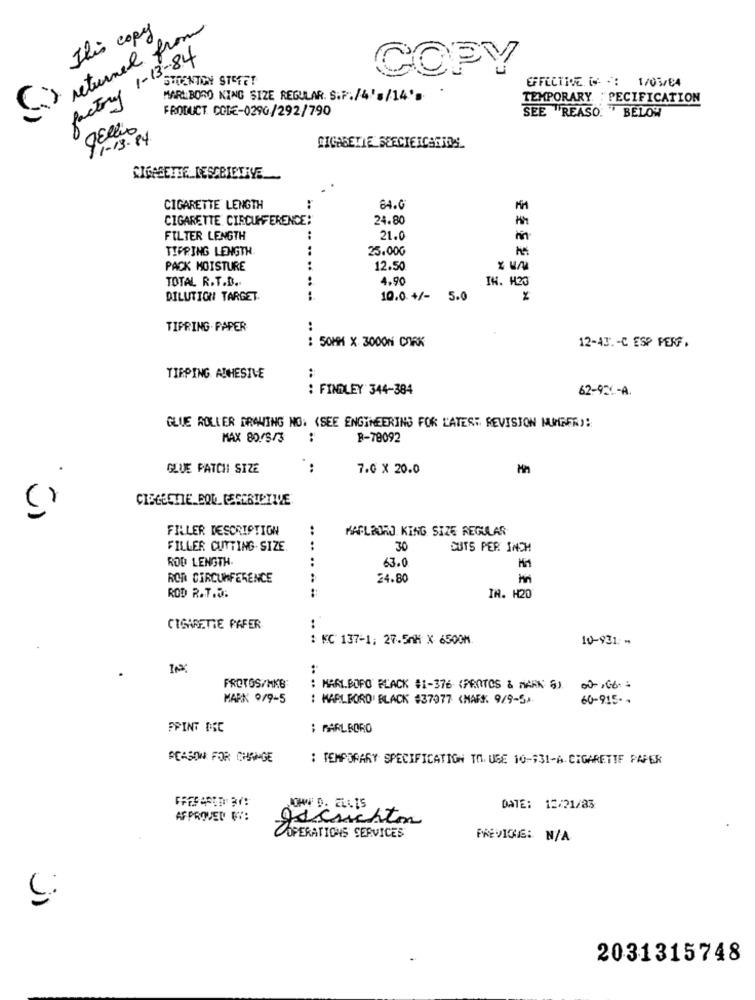
Six returned from
This copy
factory 1-13-84
COPY
SHOENTION STETET
EFFECTIVE IS - : 1/05/04
MARLBORO KING SIZE REGULAR. S.P./4'=/14'>
TEMPORARY "PECIFICATION
PRODUCT CODE-0290/292/790
SEE REASO. " BELOW
qEllio
11-13-84
CIGARETTE SEECIEICARROS
CIGARETTE DESCRIPTIVE
CIGARETTE LENGTH
84.G
CIGARETTE CIRCUMFERENCE:
24.80
FILTER LENGTH
21.0
TIPPING LENGTH.
25.000
PACK MOISTURE
12.50
TOTAL R.T.B ..
4.90
IN. H23
DILUTION TARGET.
.. .. .. ....
10.0.+/-
5.0
94
TIPRING- PAPER
:
: 50MM X 3000N CORK
12-431-C ESP PERF.
TIRPING ADHESIVE
:
: FINDLEY 344-384
62-926-A.
GLUE ROLLER DRAWING NO: (SEE ENGINEERING FOR LATEST REVISION MUNGER):
MAX 80.08/3
..
B-78092
GLUE PATCH SIZE
..
7.0 × 20.0
CIEGCETTE BOD CERERTETTLE
FILLER DESCRIPTION
MARLBORO. KING SIZE REGULAR
FILLER CUTTING SIZE
.. ..
30
SUTS PER INCH
ROD LENGTH.
63.0
ROD CIRCUMFERENCE
24.80
ROD R.T.D.
IN. H20
CIGARETTE PAFER
: KC' 137-1; 27.5nM X 6500M.
.. ..
10-931: -
....
FROTOS/HKB
: MARLBORO BLACK #1-376- (PROTOS & MARK S).
00-166:
MARK 9/9-5
: MARLBORO BLACK #37077 (MARK 9/9-54
60-915 --
FPINT DEC
: MARLBORO
SEASON FOR CHANGE
: TEMPORARY SPECIFICATION TO. UGE 10-931-A CIGARETTE PAPER
JOWW D. ELLIS
DATE: 12/21/83
AFPROVED WY:
gesuchton
OPERATIONS SERVICES
PREVIOUS: N/A
2031315748